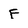
Character: f